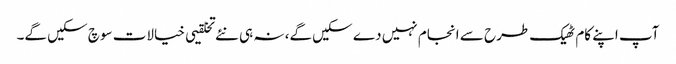
آپ اپنے کام ٹھیک طرح سے انجام نہیں دے سکیں گے، نہ ہی نئے تخلقیی خیالات سوچ سکیں گے۔